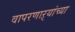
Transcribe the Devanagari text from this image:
वापरणाऱ्यांच्या